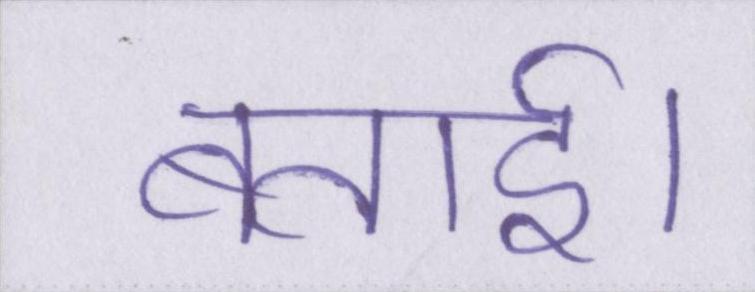
बताई।